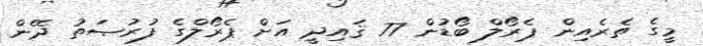
މީގެ ތެރެއިން ޕެރޯލް ބޯޑުން 77 ޤައިދީ އަށް ޕެރޯލްގެ ފުރުޞަތު ދޭން